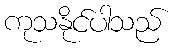
ကုသနိုင်ပါသည်